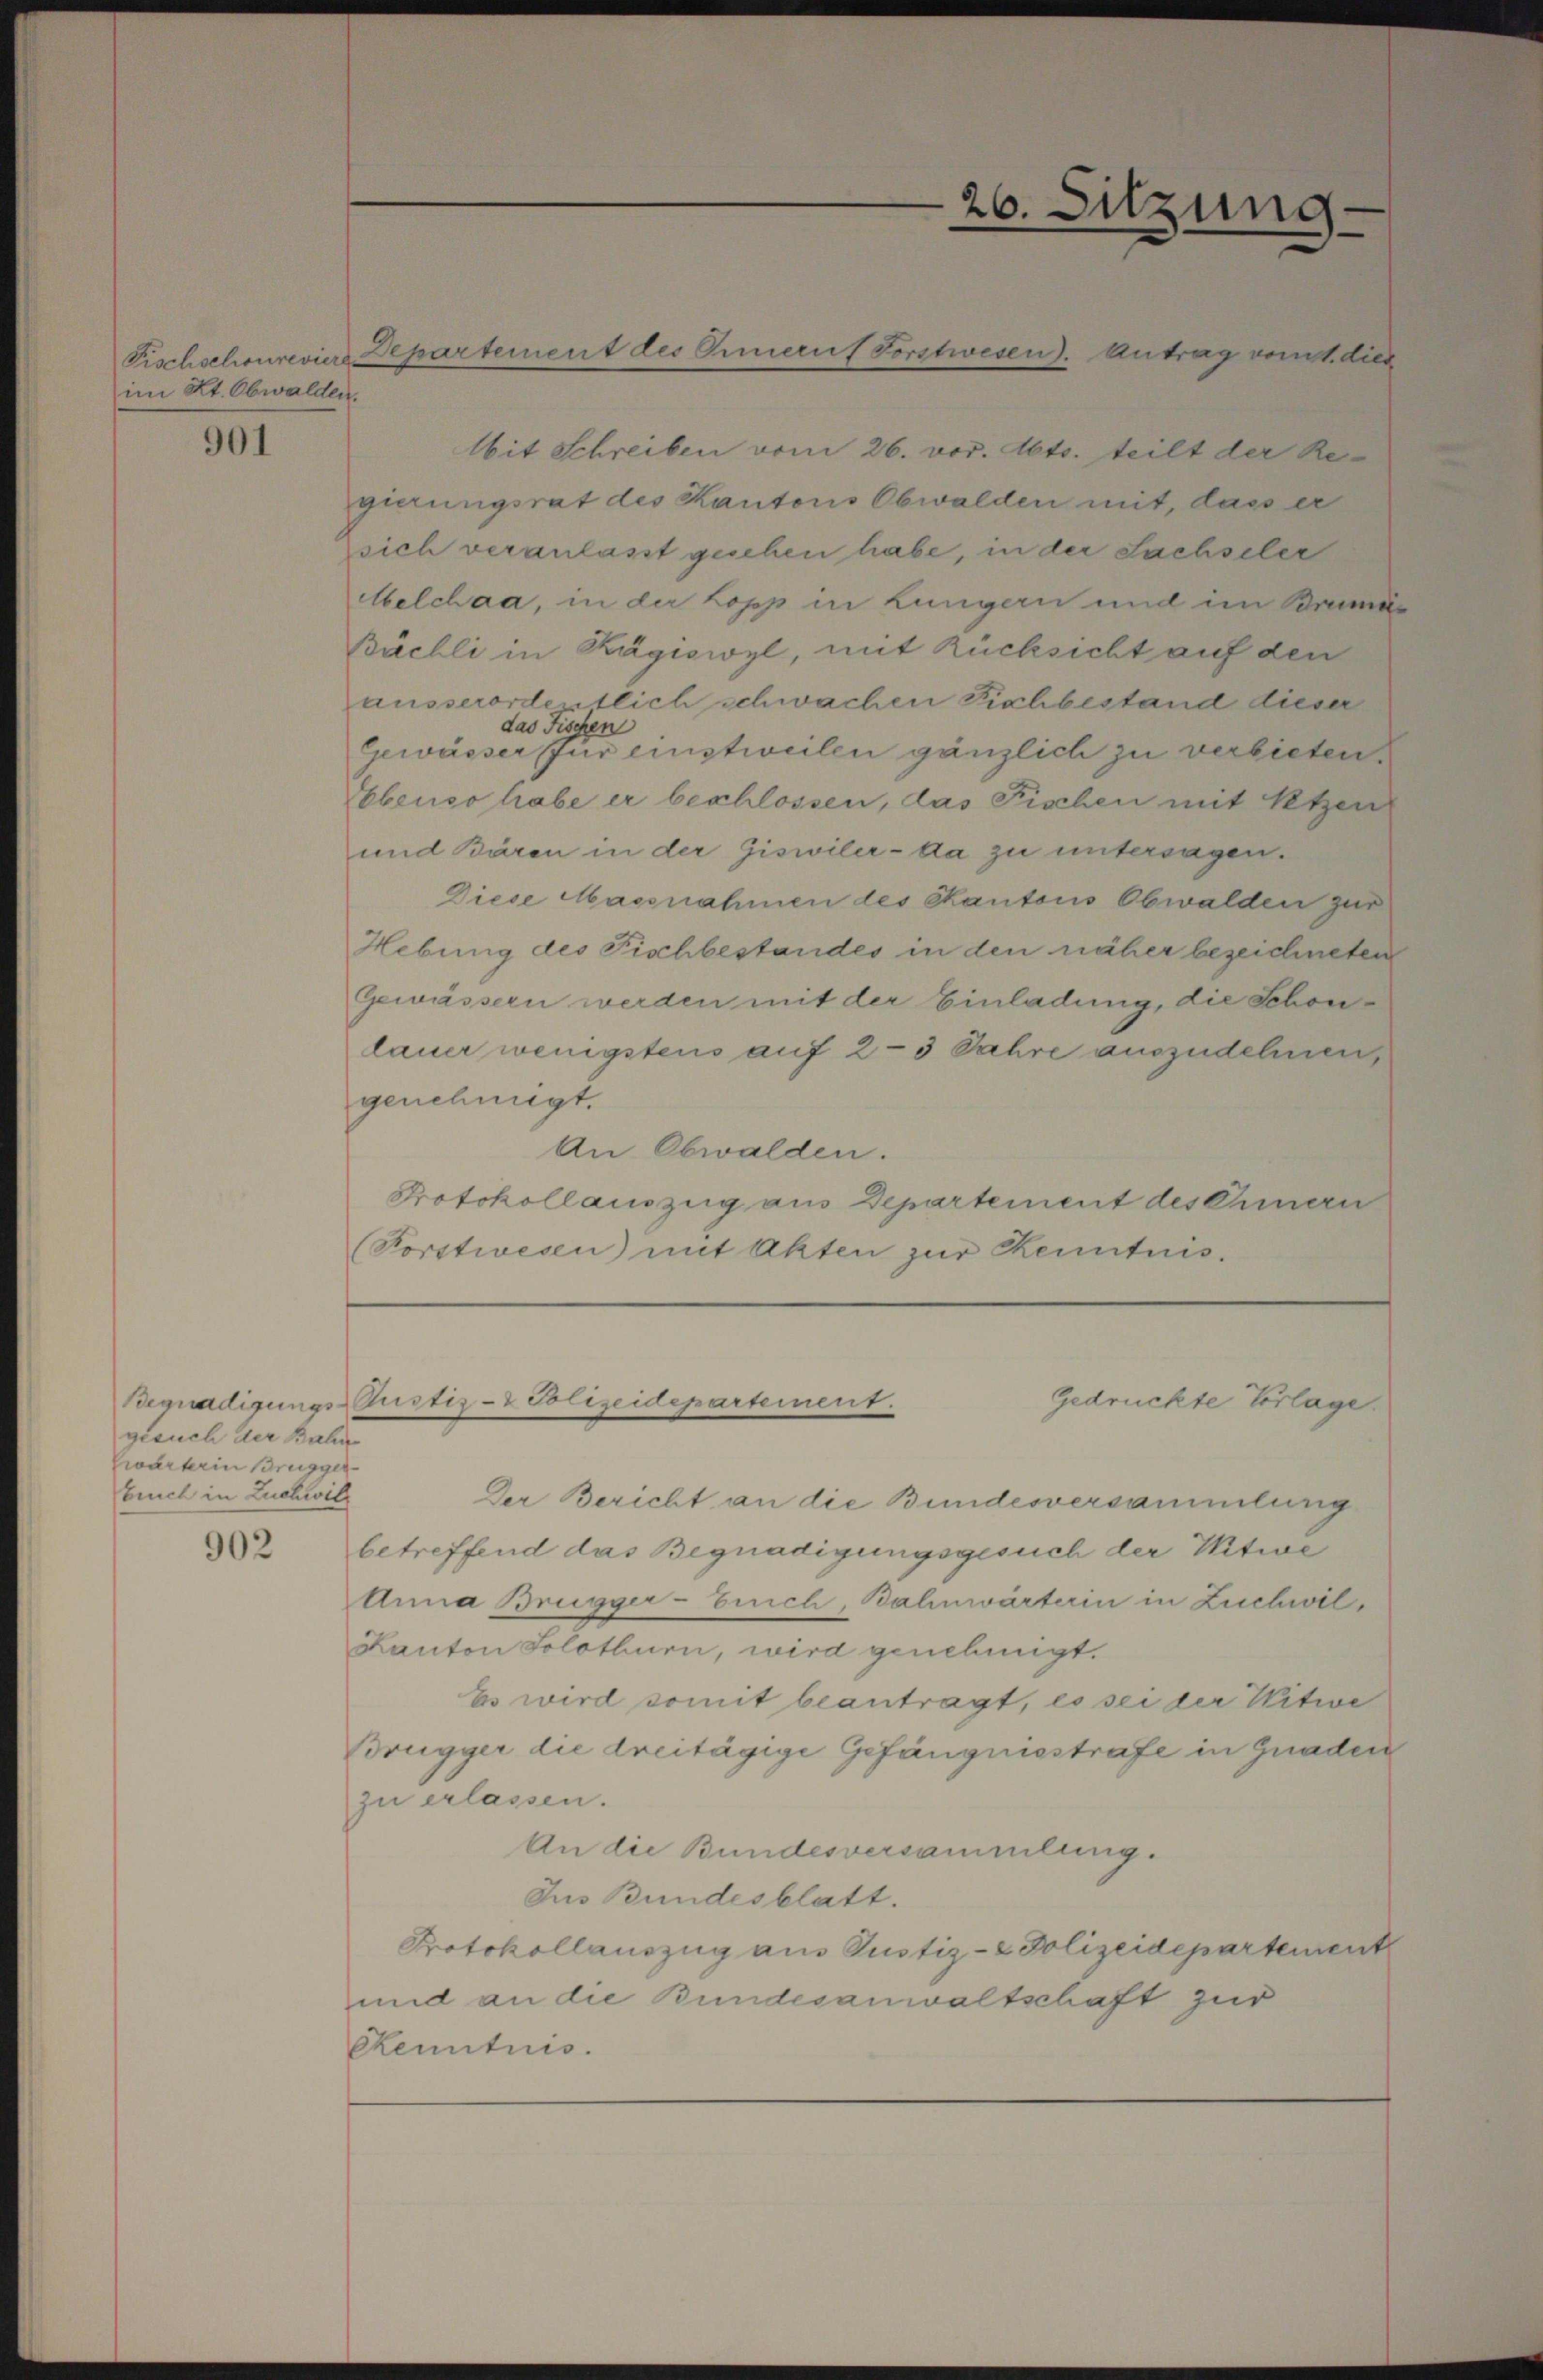
im Kt. Obwalden.

901

gesuch der Bahn
Ewarterin Brugger
brich in Luchwill

902

Mit Schreiben vom 26. vor. Abts. teilt der Regierungsrat des Kantons Obwalden mit, dass er
sich veranlasst guchen habe, in der Sachseler
Melchaa, in der Kopp in Lungern und im Brumä-
Bächli in Kägiswyl, mit Rücksicht auf den
ausserorde etlich schwachen Fichbestand dieser
das Fischen
Gewässer für einstweilen gänzlich zu verbieten.
Ebenso habe er beschlossen, das Fischen mit Retzen
und Bären in der Giswiler-Aa zu untersagen.
Diese Massnahmen des Kantons Obwalden zur
Hebung des Fischbestandes in den näher bezeichneten
Gewässern werden mit der Einladung, die Schönlauer wenigstens auf 2-3 Jahre auszudehnen,
genehmigt.
An Obwalden.
Protokollauszug aus Departement deschmern
(Forstwesen) mit Akten zur Kenntnis.

Fischschonrevier Departement des Omerit Forstwesen). Antrag vom 1. dies

26. Sitzung.

Der Bericht an die Bundesversammlung
betreffend das Begnadigungsgesuch der Witwe
Anna Brugger-Zeich, Bahnwärterin in Zuchwil¬
Kanton Solothurn, wird genehmigt.
Es wird somit beantragt, es sei der Witwe
Brugger die dreitägige Gefängnisstrafe in Gnaden
zu erlassen.
An die Bundesversammlung.
Ius Bundesblatt.
Protokollauszug aus Justiz- & Polizeidepartement
und an die Bundesanwaltschaft zur
Ckenntnis.

Begnadigungs-Pustiz- & Polizeidepartement.
Gedrückte Vorlage.